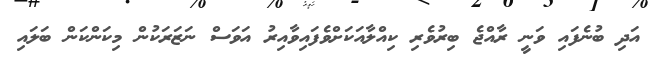
އަދި ބުނެފައި ވަނީ ރާއްޖެ ބިރުވެރި ކިއްލާއަކަށްވެފައިވާއިރު އަވަސް ނަޒަރަކުން މިކަންކަން ބަލައި